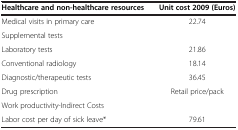
| Healthcare and non-healthcare resources | Unit cost 2009 (Euros) |
 | --- | --- |
 | Medical visits in primary care | 22.74 |
 | Supplemental tests |  |
 | Laboratory tests | 21.86 |
 | Conventional radiology | 18.14 |
 | Diagnostic/therapeutic tests | 36.45 |
 | Drug prescription | Retail price/pack |
 | Work productivity-Indirect Costs |  |
 | Labor cost per day of sick leave* | 79.61 |